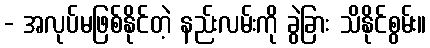
- အလုပ်မဖြစ်နိုင်တဲ့ နည်းလမ်းကို ခွဲခြား သိနိုင်စွမ်း။